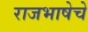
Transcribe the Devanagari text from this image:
राजभाषेचे